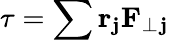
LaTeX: \tau=\sum\mathbf{r_{j}}\mathbf{F}_{\perp}\mathbf{_{j}}